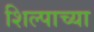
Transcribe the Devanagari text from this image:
शिल्पाच्या